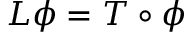
L \phi = T \circ \phi